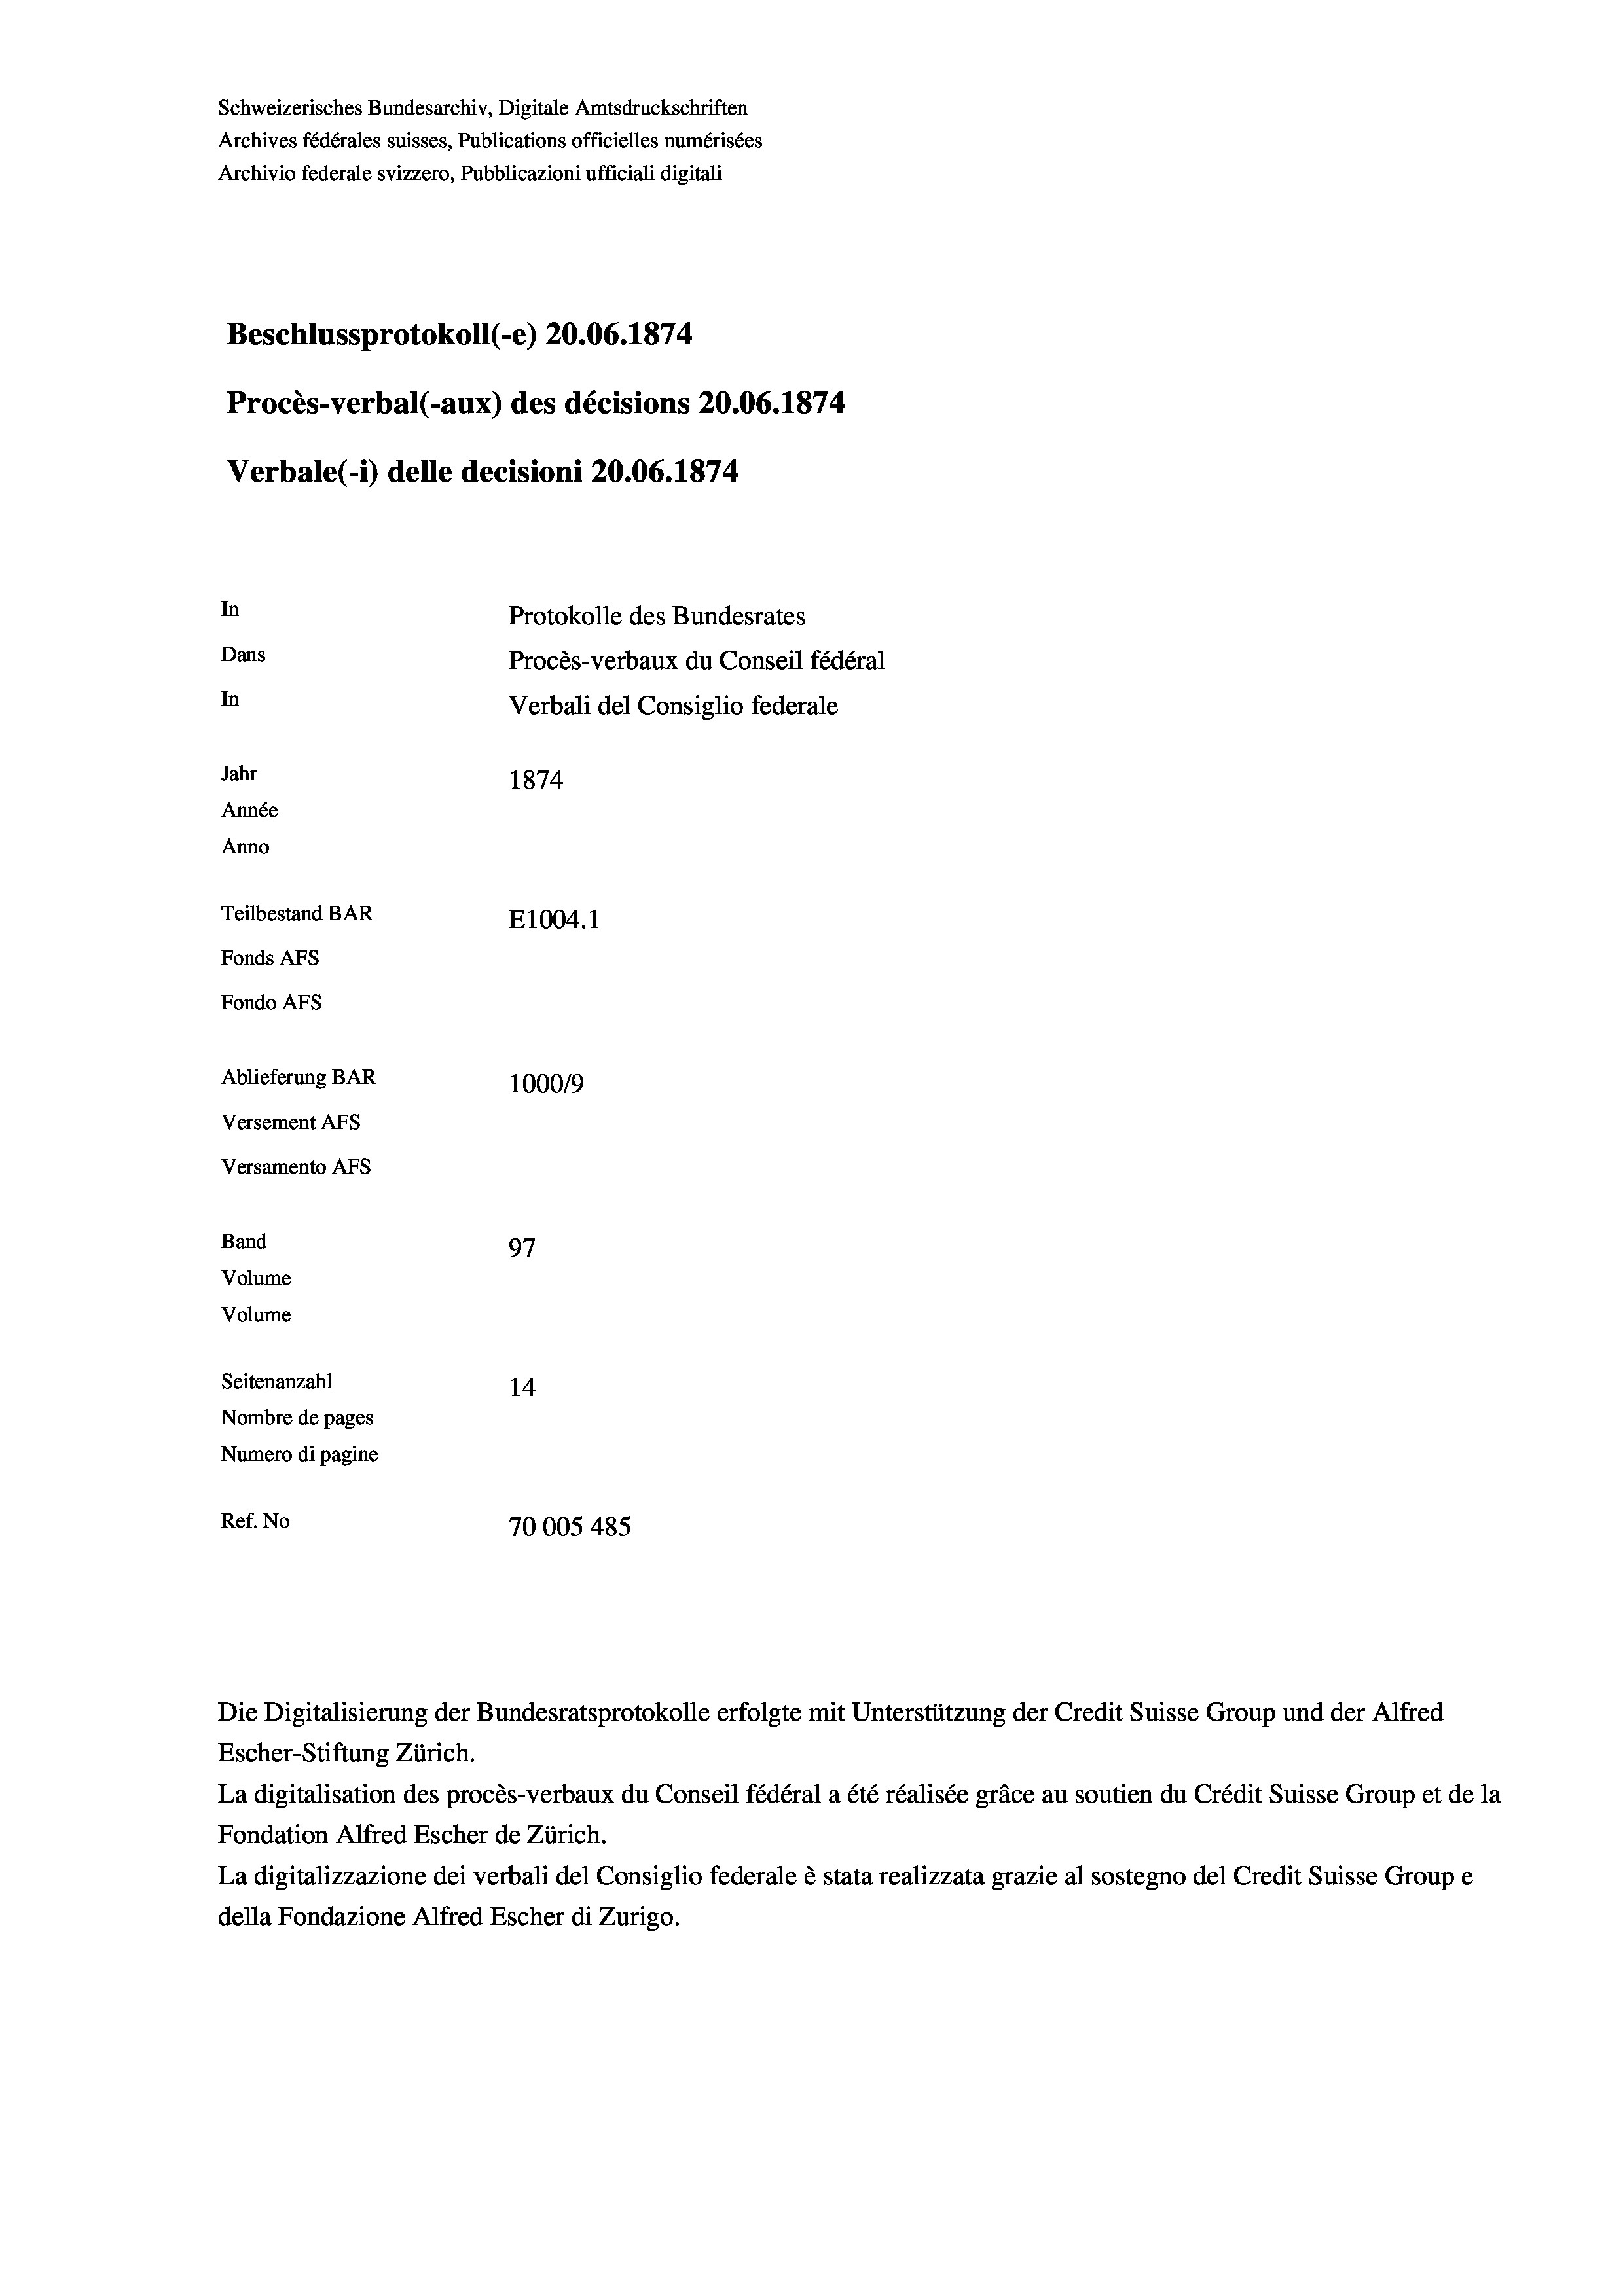
Schweizerisches Bundesarchiv, Digitale Amtsdruckschriften
Archives fédérales suisses, Publications officielles numérisées
Archivio federale svizzero, Pubblicazioni ufficiali digitali
Beschlussprotokoll (-e) 20.06. 1874
Procès-verbal (-aux) des décisions 20.06. 1874
Verbale (1) delle decisioni 20.06. 1874
In
Protokolle des Bundesrates
Dans
Procès-verbaux du Conseil fédéral
In
Verbali del Consiglio federale
Jahr
1874
Année
Anno
Teilbestand BAR
E1004. 1
Fonds AFs
Fondo AFs
Ablieferung BAR
100019
Versement AFS

97
Volume
Volume
Seitenanzahl
14
Nombre de pages
Numero di pagine
Ref. No
70005485

Versamento AFS
Band

Die Digitalisierung der Bundesratsprotokolle erfolgte mit Unterstützung der Credit Suisse Group und der Alfred
Escher-Stiftung Zürich.
La digitalisation des procès-verbaux du Conseil fédéral a été réalisée gräce au soutien du Crédit Suisse Group et de la
Fondation Alfred Escher de Zürich.
La digitalizzazione dei verbali del Consiglio federale è stata realizzata grazie al sostegno del Credit Suisse Groupe
della Fondazione Alfred Escher di Zurigo.